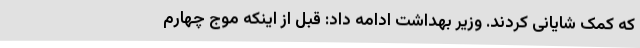
که کمک شایانی کردند. وزیر بهداشت ادامه داد: قبل از اینکه موج چهارم